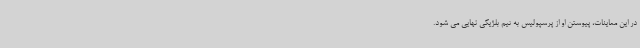
در این معاینات، پیوستن او از پرسپولیس به تیم بلژیکی نهایی می شود.